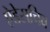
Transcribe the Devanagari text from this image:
ऐडेसचिव